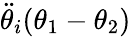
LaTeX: \ddot{\theta}_{i}(\theta_{1}-\theta_{2})